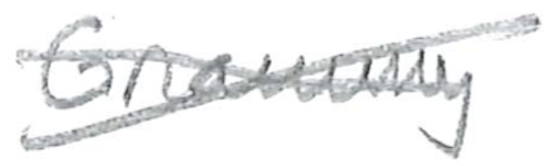
Text: Grammy
Cross-out: cross
Writing tool: pencil